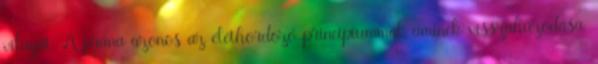
világát. A prána azonos az élethordozó princípiummal, aminek visszahúzódása,